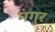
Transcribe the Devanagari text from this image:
मंगुर